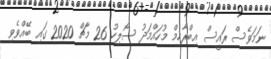
ނަމަވެސް ރައީސް އިބްރާހިމް މުހައްމަދު ސޯލިހު 26 މާޗް 2020 ގައި ބޭއްވެވި